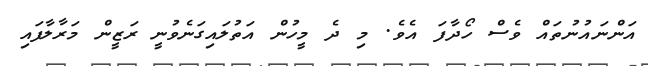
އަންނައުނުތައް ވެސް ހޯދާފަ އެވެ. މި ދެ މީހުން އަތުލައިގަނެވުނީ ރަޒީން މަރާލާފައި